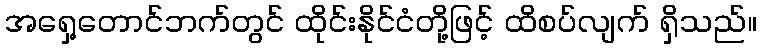
အရှေ့တောင်ဘက်တွင် ထိုင်းနိုင်ငံတို့ဖြင့် ထိစပ်လျက် ရှိသည်။